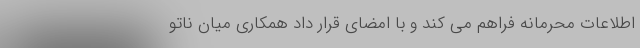
اطلاعات محرمانه فراهم می کند و با امضای قرار داد همکاری میان ناتو